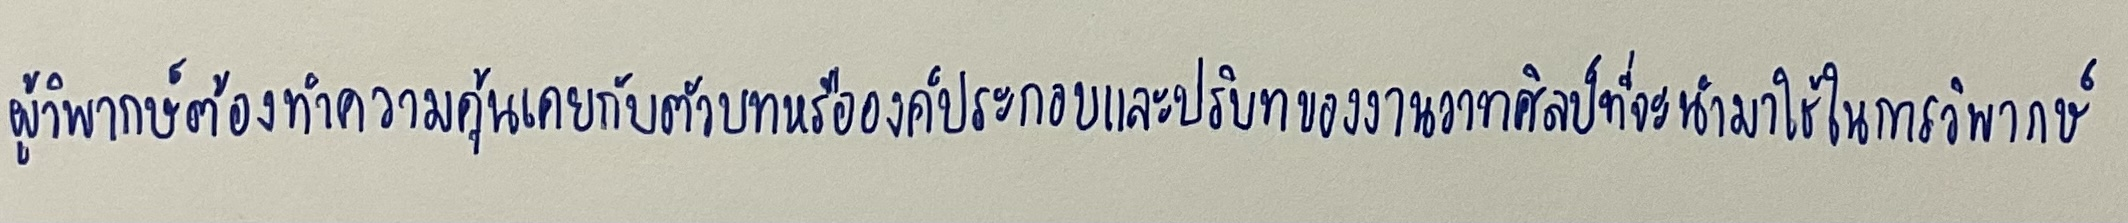
ผู้วิพากษ์ต้องทำความคุ้นเคยกับตัวบทหรือองค์ประกอบและปริบทของงานวาทศิลป์ที่จะนำมาใช้ในการวิพากษ์